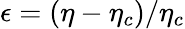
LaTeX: \epsilon=(\eta-\eta_{c})/\eta_{c}